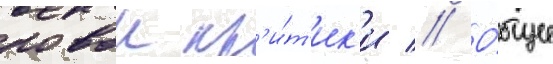
новои кр'и́т'ик'и // О́бщее